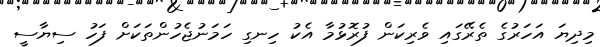
މިދިޔަ އަހަރުގެ ތެރޭގައި ވެރިކަން ފުރޮޅުމާ އެކު ހިނގި ހަމަނުޖެހުންތަކަށް ފަހު ސިޔާސީ